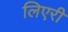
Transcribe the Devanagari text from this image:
लिएरी